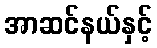
အာဆင်နယ်နှင့်